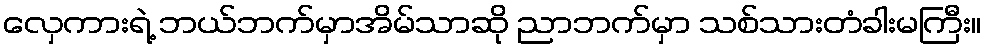
လှေကားရဲ့ ဘယ်ဘက်မှာအိမ်သာဆို ညာဘက်မှာ သစ်သားတံခါးမကြီး။